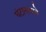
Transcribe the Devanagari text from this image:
घंटानादाने